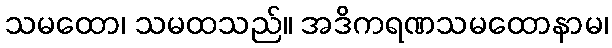
သမထော၊ သမထသည်။ အဒိကရဏသမထောနာမ၊